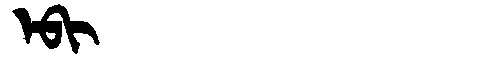
Manchu: ᡝᠪᡳ
Romanization: EBI